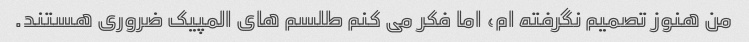
من هنوز تصمیم نگرفته ام، اما فکر می کنم طلسم های المپیک ضروری هستند.